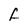
Character: f